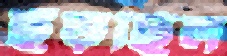
ছুঁড়ছিল